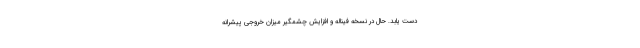
دست یابد. حال در نسخه فیناله و افزایش چشمگیر میزان خروجی پیشرانه